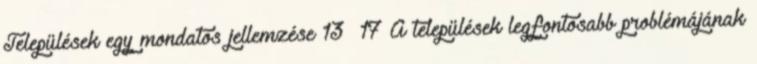
Települések egy mondatos jellemzése 13 17 A települések legfontosabb problémájának